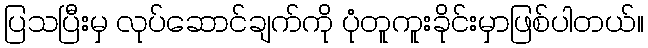
ပြသပြီးမှ လုပ်ဆောင်ချက်ကို ပုံတူကူးခိုင်းမှာဖြစ်ပါတယ်။